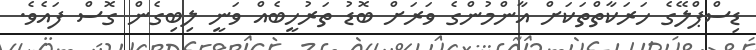
ޑިސްޕްލޭގެ ހަރަކާތްތަކަށް އާންމުންގެ ވަރަށް ބޮޑު ތަރުހީބެއް ވަނީ ލިބިގެން ގޮސް ފައެވެ.